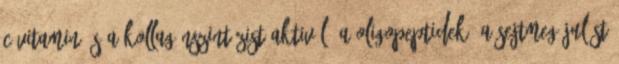
C-vitamin és a kollagénszintézist aktiváló a Oligopeptidek, a sejtmegújulást